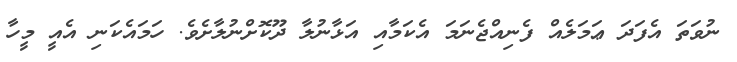
ނުވަތަ އެފަދަ ޢަމަލެއް ފެނިއްޖެނަމަ އެކަމާއި އަޅާނުލާ ދޫކޮށްނުލާށެވެ. ހަމައެކަނި އެއީ މީހާ